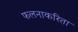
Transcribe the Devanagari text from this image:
फलनाकरिता